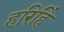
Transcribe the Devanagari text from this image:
हरिहिं